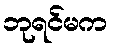
ဘုရင်မက